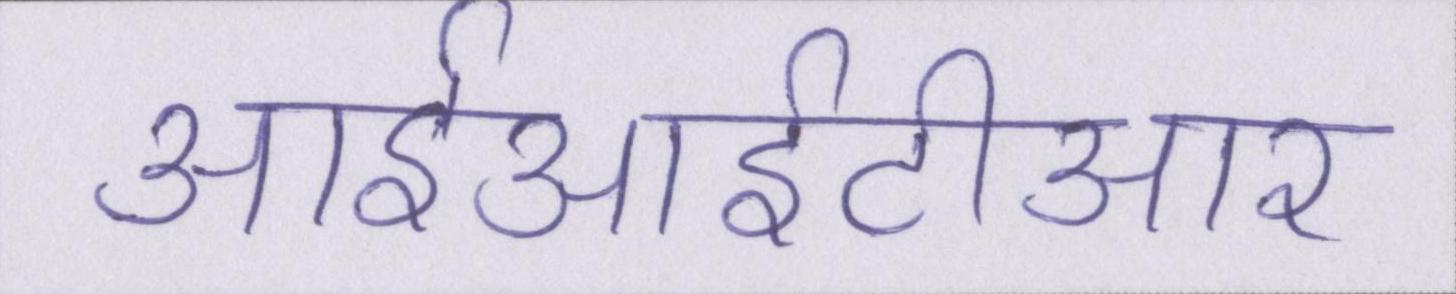
आईआईटीआर